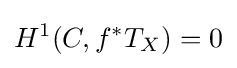
H^{1}(C,f^{*}T_{X})=0